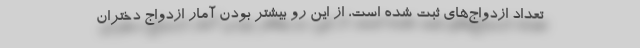
تعداد ازدواج‌های ثبت شده است، از این رو بیشتر بودن آمار ازدواج دختران